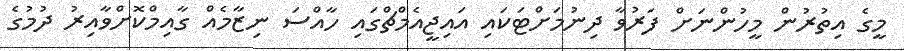
މީގެ އިތުރުން މީހުންނަށް ފަރުވާ ދިނުމަށްޓަކައި އައިޖީއެމްޗްގައި ހާއްސަ ނިޒާމެއް ގާއިމްކޮށްވާއިރު ދުމުގެ